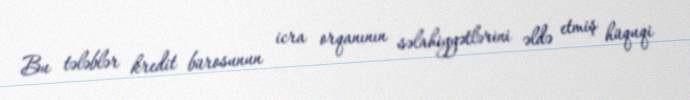
Bu tələblər kredit bürosunun icra orqanının səlahiyyətlərini əldə etmiş hüquqi